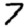
Digit: 7